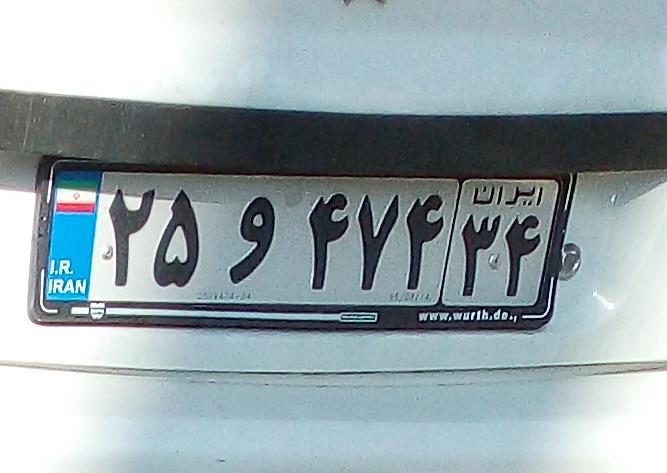
۲۵و۴۷۴۳۴